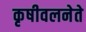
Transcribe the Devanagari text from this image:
कृषीवलनेते